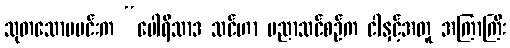
သုတသောမမင်းက “ပေါရိသာဒ သင်ဟာ ပညာသင်စဉ်က ငါနှင့်အတူ အကြာကြီး